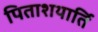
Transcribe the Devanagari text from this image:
पिताशयार्ति